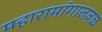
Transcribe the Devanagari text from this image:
महारामांगाजवळ